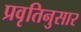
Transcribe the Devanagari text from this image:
प्रवृतिनुसार